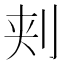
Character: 刾